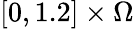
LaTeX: [0,1.2]\times\Omega